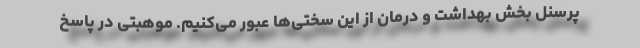
پرسنل بخش بهداشت و درمان از این سختی‌ها عبور می‌کنیم. موهبتی در پاسخ